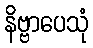
နိဗ္ဗာပေသုံ